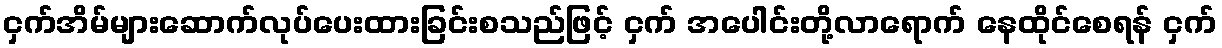
ငှက်အိမ်များဆောက်လုပ်ပေးထားခြင်းစသည်ဖြင့် ငှက် အပေါင်းတို့လာရောက် နေထိုင်စေရန် ငှက်